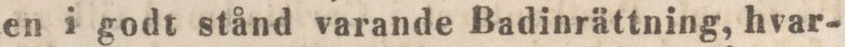
en i godt stånd varande Badinrättning, hvar-